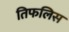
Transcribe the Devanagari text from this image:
तिफलिस